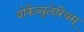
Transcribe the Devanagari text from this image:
वोकैब्युलेरियम्